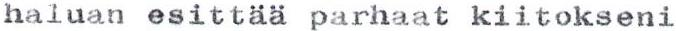
haluan esittää parhaat kiitokseni